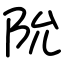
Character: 阭